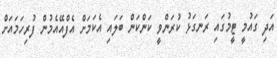
އަދި ގައުމީ ޓީމުގައި ރަނގަޅު ކުރަންވީ ކަންކަން ބަލައި އެކަމަށް އެފްއޭއެމުން ފުރިހަމައަށް